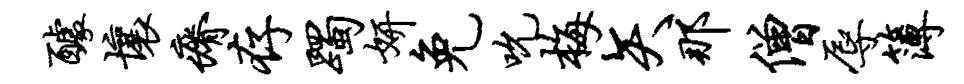
醵壤瘠存躅妍免吮梅矢那僧辱簿